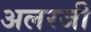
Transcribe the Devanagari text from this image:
अलरजी